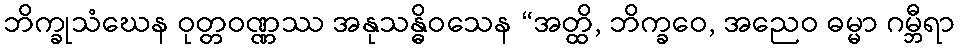
ဘိက္ခုသံဃေန ဝုတ္တဝဏ္ဏဿ အနုသန္ဓိဝသေန “အတ္ထိ, ဘိက္ခဝေ, အညေဝ ဓမ္မာ ဂမ္ဘီရာ